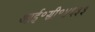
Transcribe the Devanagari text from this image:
आई॰सी॰४६३३